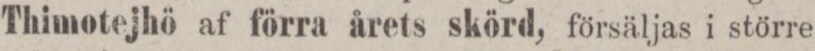
Thimotejhö af förra årets skörd, försäljas i större